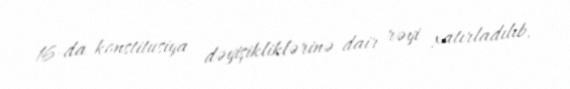
16-da konstitusiya dəyişikliklərinə dair rəyi xatırladılıb.